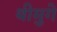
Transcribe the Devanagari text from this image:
थीमुगे